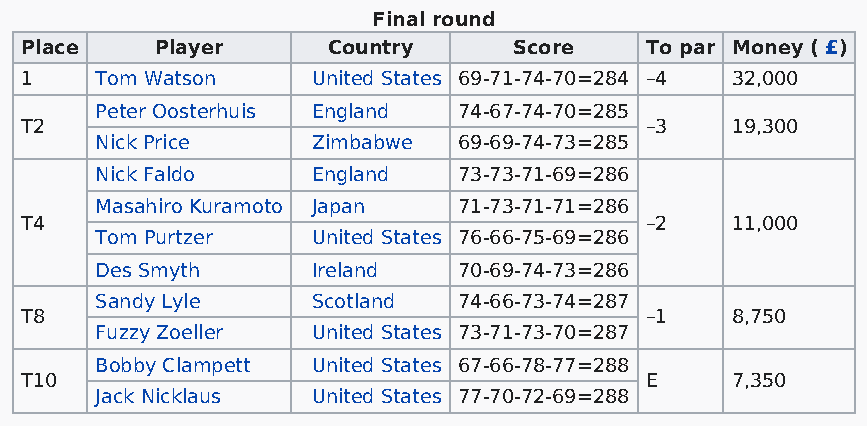
Final round
 Place    Player      Country     Score    To par Money ( £)
 1    Tom Watson     United States 69-71-74-70=284 –4 32,000
 Peter Oosterhuis England 74-67-74-70=285
 T2                                        –3   19,300
 Nick Price     Zimbabwe 69-69-74-73=285
 Nick Faldo     England  73-73-71-69=286
 Masahiro Kuramoto Japan 71-73-71-71=286
 T4                                        –2   11,000
 Tom Purtzer    United States 76-66-75-69=286
 Des Smyth      Ireland  70-69-74-73=286
 Sandy Lyle     Scotland 74-66-73-74=287
 T8                                        –1   8,750
 Fuzzy Zoeller  United States 73-71-73-70=287
 Bobby Clampett United States 67-66-78-77=288
 T10                                       E    7,350
 Jack Nicklaus  United States 77-70-72-69=288